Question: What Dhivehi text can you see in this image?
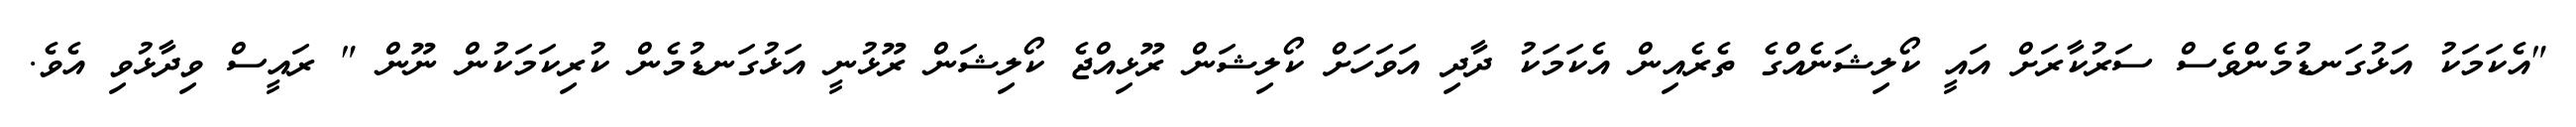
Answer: "އެކަމަކު އަޅުގަނޑުމެންވެސް ސަރުކާރަށް އައީ ކޯލިޝަނެއްގެ ތެރެއިން އެކަމަކު ދާދި އަވަހަށް ކޯލިޝަން ރޫޅިއްޖެ ކޯލިޝަން ރޫޅުނީ އަޅުގަނޑުމެން ކުރިކަމަކުން ނޫން " ރައީސް ވިދާޅުވި އެވެ.